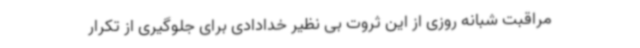
مراقبت شبانه روزی از این ثروت بی نظیر خدادادی برای جلوگیری از تکرار